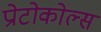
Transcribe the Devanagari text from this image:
प्रोटोकोल्स